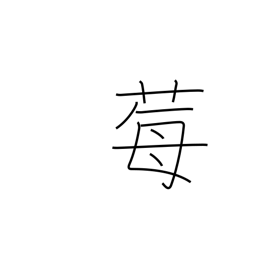
Meaning: wild strawberry